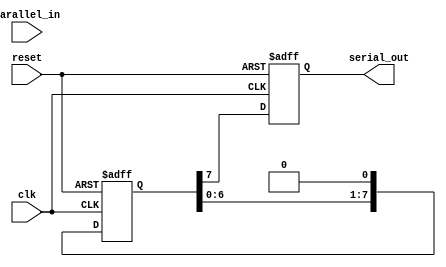
module parallel_in_serial_out_register (
    input wire clk,
    input wire reset,
    input wire parallel_in,
    output reg serial_out
);

reg [7:0] parallel_data;

always @(posedge clk or posedge reset) begin
    if (reset) begin
        parallel_data <= 8'b0;
        serial_out <= 1'b0;
    end else begin
        parallel_data <= parallel_in;
        serial_out <= parallel_data[7];
        parallel_data <= {parallel_data[6:0], 1'b0};
    end
end

endmodule